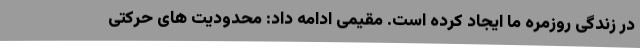
در زندگی روزمره ما ایجاد کرده است. مقیمی ادامه داد: ‌محدودیت های حرکتی